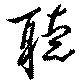
聽